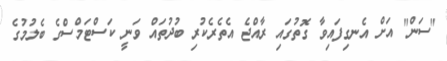
"ސަން" އަށް އެނގިފައިވާ ގޮތުގައި ރާއްޖެ އެތެރެކުރި ބުދުތައް ވަނީ ކަސްޓަމްސްގެ ބެލުމުގެ